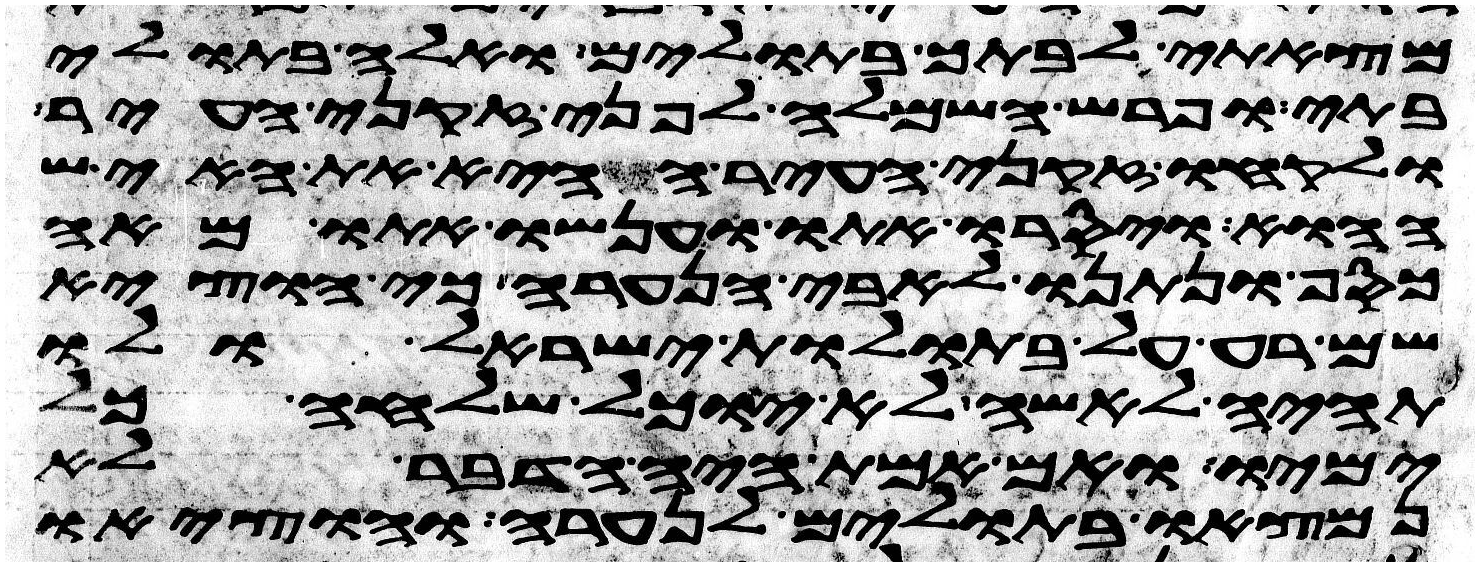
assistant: מצאתי לבתך בתולים ואלה בתולי
בתי ופרש השמלה לפני זקני העיר
ולקחו זקני העיר ההיא את האיש
ההוא ויסרו אתו וענשו אתו מאה
כסף ונתנו לאבי הנערה כי הוציא
שם רע על בתולת ישראל ולו
תהיה לאשה לא יוכל שלחה כל
ימיו ואם אמת היה הדבר לא
נמצאו בתולים לנערה והוציאו